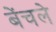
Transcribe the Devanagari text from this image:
बेंचले